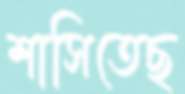
শাসিতেছ